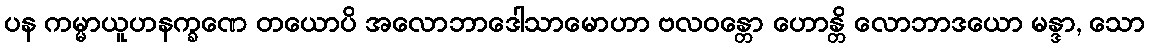
ပန ကမ္မာယူဟနက္ခဏေ တယောပိ အလောဘာဒေါသာမောဟာ ဗလဝန္တော ဟောန္တိ လောဘာဒယော မန္ဒာ, သော